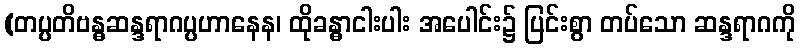
(တပ္ပတိဗန္ဓဆန္ဒရာဂပ္ပဟာနေန၊ ထိုခန္ဓာငါးပါး အပေါင်း၌ ပြင်းစွာ တပ်သော ဆန္ဒရာဂကို